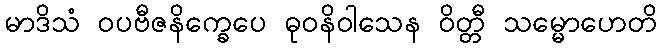
မာဒိသံ ဝပဗီဇနိက္ခေပေ ဓုဝနိဝါသေန ဝိတ္တီ သမ္မောဟေတိ